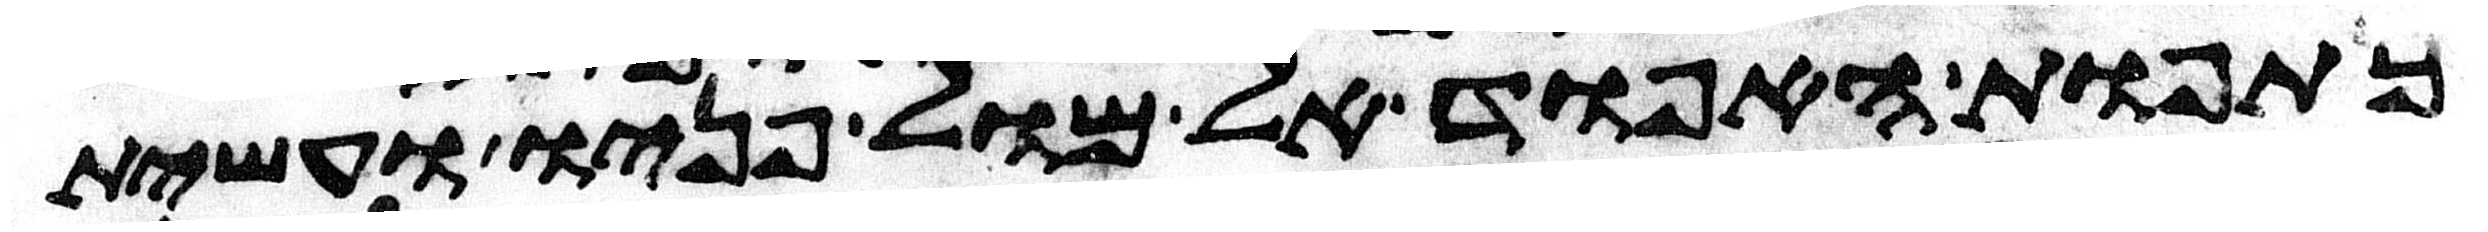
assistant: כתפות האפוד אל מול פניו ועשית